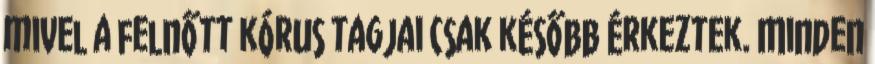
mivel a felnőtt kórus tagjai csak később érkeztek. Minden